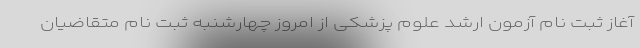
آغاز ثبت نام آزمون ارشد علوم پزشکی از امروز چهارشنبه ثبت نام متقاضیان